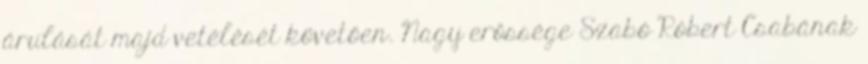
árulását majd vetélését követően. Nagy erőssége Szabó Róbert Csabának